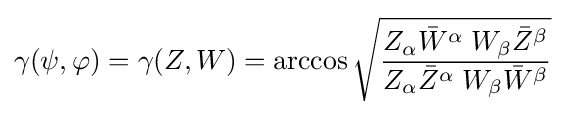
\gamma (\psi ,\varphi )=\gamma (Z,W)=\arccos {\sqrt {\frac {Z_{\alpha }{\bar {W}}^{\alpha }\;W_{\beta }{\bar {Z}}^{\beta }}{Z_{\alpha }{\bar {Z}}^{\alpha }\;W_{\beta }{\bar {W}}^{\beta }}}}